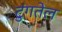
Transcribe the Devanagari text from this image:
टुंगतेल